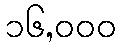
၁၆,၀၀၀